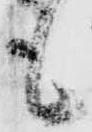
も